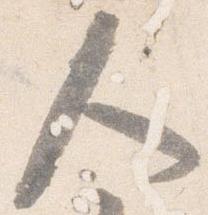
人